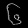
Digit: ၆